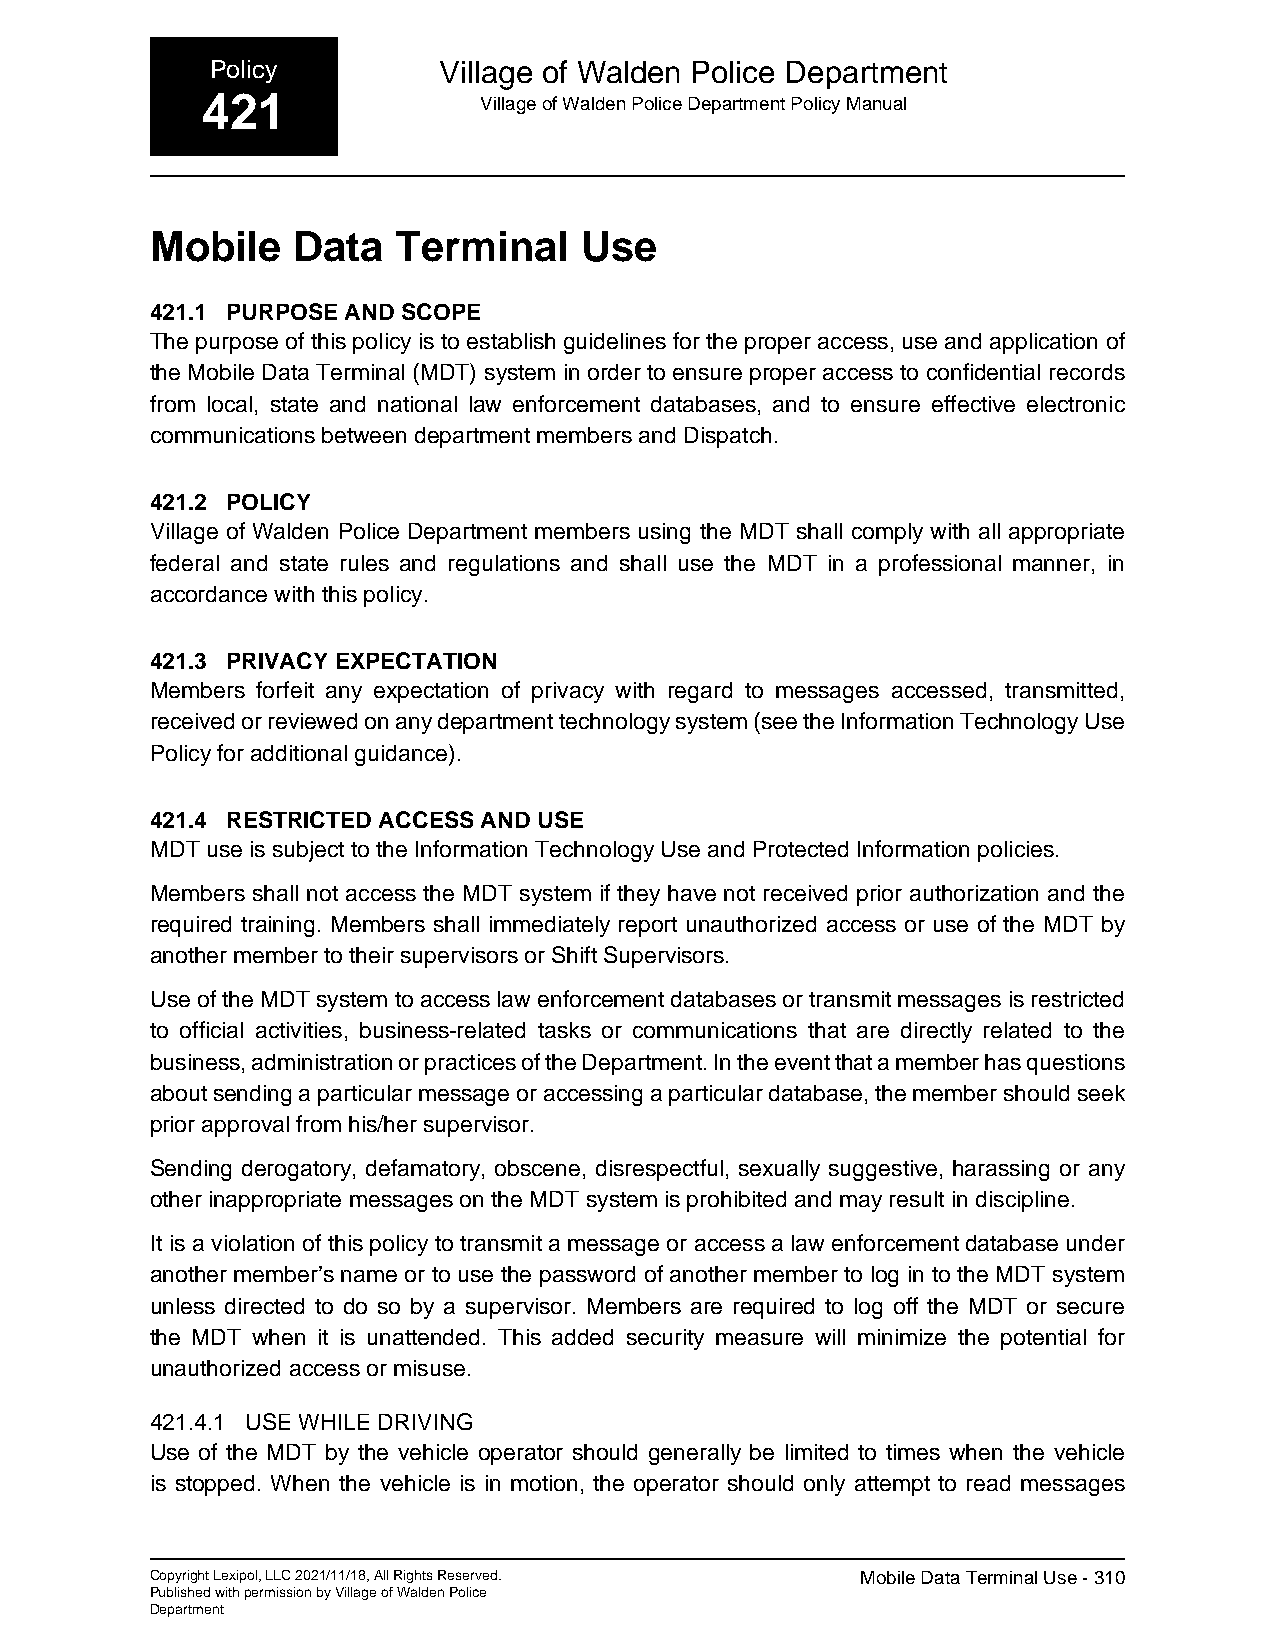
Policy         Village of Walden Police Department
 421                Village of Walden Police Department Policy Manual
 Mobile   Data   Terminal    Use
 421.1 PURPOSE AND SCOPE
 The purpose of this policy is to establish guidelines for the proper access, use and application of
 the Mobile Data Terminal (MDT) system in order to ensure proper access to confidential records
 from local, state and national law enforcement databases, and to ensure effective electronic
 communications between department members and Dispatch.
 421.2 POLICY
 Village of Walden Police Department members using the MDT shall comply with all appropriate
 federal and state rules and regulations and shall use the MDT in a professional manner, in
 accordance with this policy.
 421.3 PRIVACY EXPECTATION
 Members forfeit any expectation of privacy with regard to messages accessed, transmitted,
 received or reviewed on any department technology system (see the Information Technology Use
 Policy for additional guidance).
 421.4 RESTRICTED ACCESS AND USE
 MDT use is subject to the Information Technology Use and Protected Information policies.
 Members shall not access the MDT system if they have not received prior authorization and the
 required training. Members shall immediately report unauthorized access or use of the MDT by
 another member to their supervisors or Shift Supervisors.
 Use of the MDT system to access law enforcement databases or transmit messages is restricted
 to official activities, business-related tasks or communications that are directly related to the
 business, administration or practices of the Department. In the event that a member has questions
 about sending a particular message or accessing a particular database, the member should seek
 prior approval from his/her supervisor.
 Sending derogatory, defamatory, obscene, disrespectful, sexually suggestive, harassing or any
 other inappropriate messages on the MDT system is prohibited and may result in discipline.
 It is a violation of this policy to transmit a message or access a law enforcement database under
 another member’s name or to use the password of another member to log in to the MDT system
 unless directed to do so by a supervisor. Members are required to log off the MDT or secure
 the MDT when it is unattended. This added security measure will minimize the potential for
 unauthorized access or misuse.
 421.4.1 USE WHILE DRIVING
 Use of the MDT by the vehicle operator should generally be limited to times when the vehicle
 is stopped. When the vehicle is in motion, the operator should only attempt to read messages
 Copyright Lexipol, LLC 2021/11/18, All Rights Reserved. Mobile Data Terminal Use - 310
 Published with permission by Village of Walden Police
 Department